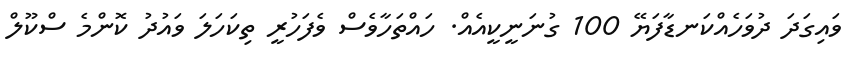
ވައިގަދަ ދުވަހެއްކަނޑާފަޔޭ 100 ގުނަނީކީއެއް. ހައްތަހާވެސް ވެފަހުރީ ތިކަހަލަ ވައުދު ކޮންމެ ސްކޫލް